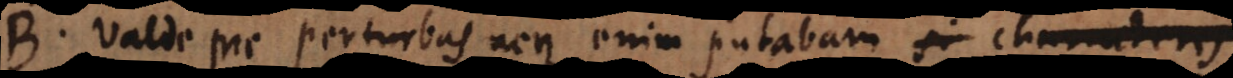
B. Valde me perturbas, neque enim putabam char